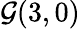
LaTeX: {\mathcal{G}}(3,0)